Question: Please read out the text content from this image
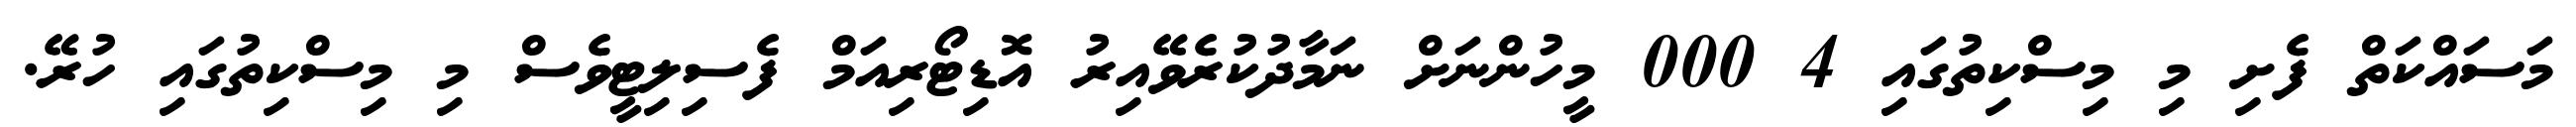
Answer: މަސައްކަތް ފެށި މި މިސްކިތުގައި 4 000 މީހުންނަށް ނަމާދުކުރެވޭއިރު އޮޑިޓޯރިއަމް ފެސިލިޓީވެސް މި މިސްކިތުގައި ހުރޭ.